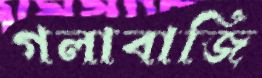
গলাবাজি